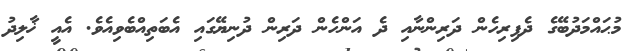
މުޙައްމަދުބޭގެ ދެފިރިހެން ދަރިންނާއި ދެ އަންހެން ދަރިން ދުނިޔޭގައި އެބަތިއްބެވިއެވެ. އެއީ ޚާލިދު